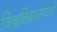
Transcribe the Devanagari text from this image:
विश्वविद्यालयओं